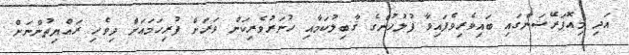
އަދި މިއޮޕަރޭޝަންގައި ބައިވެރިވެފައިވާ ފުލުހުންގެ ޤާބިލުކަމާއި ހުނަރުވެރިކަން ވަރަށް ފުރިހަމައަށް ދިވެހި ރައްޔިތުންނަށް